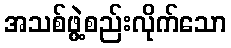
အသစ်ဖွဲ့စည်းလိုက်သော